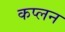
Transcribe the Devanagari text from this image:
कप्लन